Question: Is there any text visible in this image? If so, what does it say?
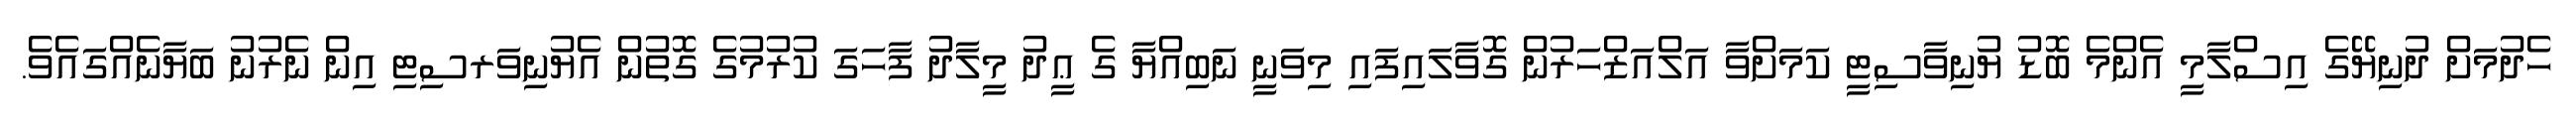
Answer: ހެދުމަށް ދުނިޔޭގެ އިސްލާމީ އެންމެ ބޮޑު ޔުނިވާސިޓީ ކަމަށްވާ އަލްއަޒްހަރުން ގޮވާލައިފައި މިވަނީ ނަބިއްޔާ ގެ ޢީދު މީލާދު ފާހަގަ ކުރުމުގެ ގޮތުން އެޔުނިވަރސިޓި އިން ނެރުނު ބަޔާނެއްގައެވެ.